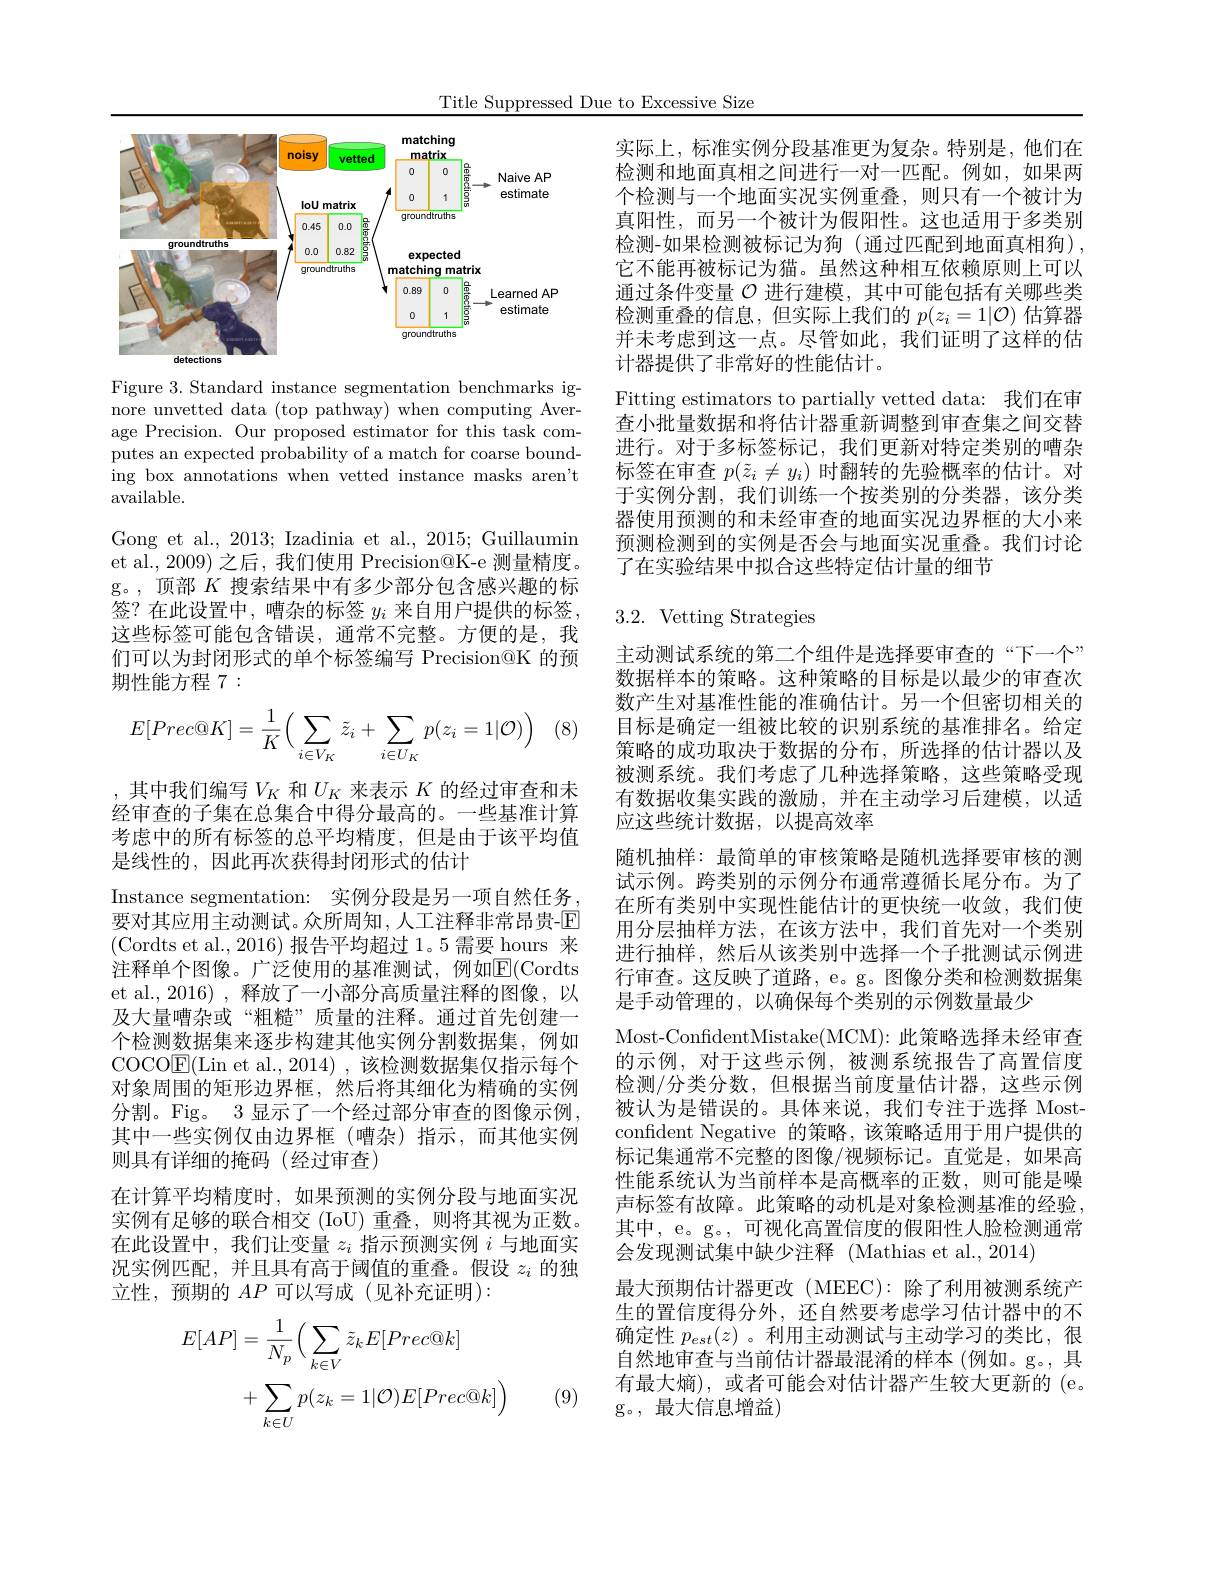
Title Suppressed Due to Excessive Size

<FigureHere>

Figure 3. Standard instance segmentation benchmarks ignore unvetted data (top pathway) when computing Average Precision. Our proposed estimator for this task computes an expected probability of a match for coarse bounding box annotations when vetted instance masks aren't available.

Gong et al., 2013; Izadinia et al., 2015; Guillaumin et al., 2009) 之后，我们使用 Precision@K-e 测量精度。g。,顶部$K$搜索结果中有多少部分包含感兴趣的标签？在此设置中，嘈杂的标签$y_i$来自用户提供的标签， 这些标签可能包含错误，通常不完整。方便的是，我们可以为封闭形式的单个标签编写 Precision@K 的预期性能方程 7 :

(8
$$E[Prec@K]=\frac{1}{K}\Big(\sum_{i\in V_K}\tilde{z}_i+\sum_{i\in U_K}p(z_i=1|\mathcal{O})\Big)$$
,其中我们编写$V_K$ 和$U_K$ 来表示 $K$ 的经过审查和未经审查的子集在总集合中得分最高的。一些基准计算考虑中的所有标签的总平均精度，但是由于该平均值是线性的 , 因此再次获得封闭形式的估计
Instance segmentation: 实例分段是另一项自然任务， 要对其应用主动测试。众所周知，人工注释非常昂贵-$\mathbb{E}$ (Cordts et al., 2016)报告平均超过 1。5 需要 hours 来注释单个图像。广泛使用的基准测试，例如$\overline{\mathrm{F}}($Cordts et al.,2016) ,释放了一小部分高质量注释的图像，以及大量嘈杂或“粗糙”质量的注释。通过首先创建一个检测数据集来逐步构建其他实例分割数据集，例如$\operatorname{COCOE}($Lin et al.,2014),该检测数据集仅指示每个对象周围的矩形边界框，然后将其细化为精确的实例分割。Fig。3 显示了一个经过部分审查的图像示例， 其中一些实例仅由边界框(嘈杂)指示，而其他实例则具有详细的掩码(经过审查)
在计算平均精度时，如果预测的实例分段与地面实况实例有足够的联合相交 (IoU)重叠，则将其视为正数。在此设置中，我们让变量$z_i$指示预测实例$i$与地面实况实例匹配，并且具有高于阈值的重叠。假设$z_i$的独立性，预期的$AP$可以写成(见补充证明):
$$\begin{aligned}E[AP]&=\frac{1}{N_{p}}\Big(\sum_{k\in V}\tilde{z}_{k}E[Prec@k]\\&+\sum_{k\in U}p(z_{k}=1|\mathcal{O})E[Prec@k]\Big)\end{aligned}$$
(9)

实际上，标准实例分段基准更为复杂。特别是，他们在检测和地面真相之间进行一对一匹配。例如，如果两个检测与一个地面实况实例重叠，则只有一个被计为真阳性，而另一个被计为假阳性。这也适用于多类别检测-如果检测被标记为狗 (通过匹配到地面真相狗), 它不能再被标记为猫。虽然这种相互依赖原则上可以通过条件变量$\mathcal{O}$进行建模，其中可能包括有关哪些类检测重叠的信息，但实际上我们的$p(z_i=1|\mathcal{O})$估算器并未考虑到这一点。尽管如此，我们证明了这样的估计器提供了非常好的性能估计。
Fitting estimators to partially vetted data: 我们在审查小批量数据和将估计器重新调整到审查集之间交替进行。对于多标签标记，我们更新对特定类别的嘈杂标签在审查$p(\tilde{z}_i\neq y_i)$时翻转的先验概率的估计。对于实例分割，我们训练一个按类别的分类器，该分类器使用预测的和未经审查的地面实况边界框的大小来预测检测到的实例是否会与地面实况重叠。我们讨论了在实验结果中拟合这些特定估计量的细节

# 3.2. Vetting Strategies

主动测试系统的第二个组件是选择要审查的“下一个” 数据样本的策略。这种策略的目标是以最少的审查次数产生对基准性能的准确估计。另一个但密切相关的目标是确定一组被比较的识别系统的基准排名。给定策略的成功取决于数据的分布，所选择的估计器以及被测系统。我们考虑了几种选择策略，这些策略受现有数据收集实践的激励，并在主动学习后建模，以适应这些统计数据，以提高效率
随机抽样：最简单的审核策略是随机选择要审核的测试示例。跨类别的示例分布通常遵循长尾分布。为了在所有类别中实现性能估计的更快统一收敛，我们使用分层抽样方法，在该方法中，我们首先对一个类别进行抽样，然后从该类别中选择一个子批测试示例进行审查。这反映了道路，e。g。图像分类和检测数据集是手动管理的，以确保每个类别的示例数量最少
Most- ConfdentMistake( MCM) : 此 策 略 选 择 未 经 审 查 的示例，对于这些示例，被测系统报告了高置信度检测/分类分数，但根据当前度量估计器，这些示例被认为是错误的。具体来说，我们专注于选择 Mostconfident Negative 的策略，该策略适用于用户提供的标记集通常不完整的图像/视频标记。直觉是，如果高性能系统认为当前样本是高概率的正数，则可能是噪声标签有故障。此策略的动机是对象检测基准的经验， 其中，e。g。, 可视化高置信度的假阳性人脸检测通常会发现测试集中缺少注释 (Mathias et al., 2014)
最大预期估计器更改(MEEC):除了利用被测系统产生的置信度得分外，还自然要考虑学习估计器中的不确定性$p_{est}(z)$ 。利用主动测试与主动学习的类比，很自然地审查与当前估计器最混淆的样本 (例如。g。,具有最大熵),或者可能会对估计器产生较大更新的(e。g。,最大信息增益)